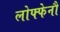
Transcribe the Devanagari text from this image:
लोफ्फेनौ